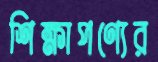
শিক্ষাপণ্যের